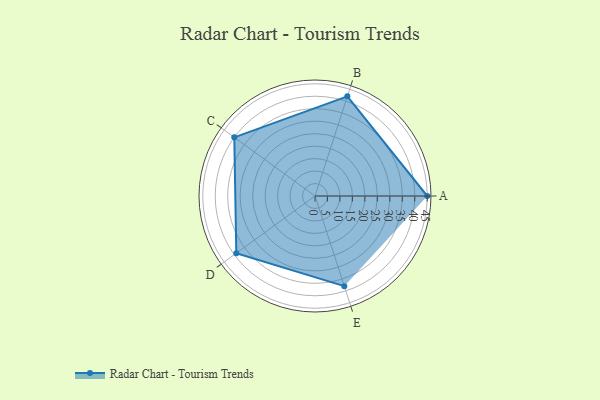
{"axis": {"x": "Skill", "y": "Score"}, "legend": ["Profile"], "data": [{"x": "A", "y": 45.0, "type": "Profile"}, {"x": "B", "y": 42.0, "type": "Profile"}, {"x": "C", "y": 40.0, "type": "Profile"}, {"x": "D", "y": 39.0, "type": "Profile"}, {"x": "E", "y": 38.0, "type": "Profile"}]}